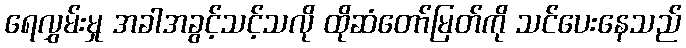
ရေလွှမ်းမှု အခါအခွင့်သင့်သလို ထိုဆံတော်မြတ်ကို သင်ပေးနေသည်